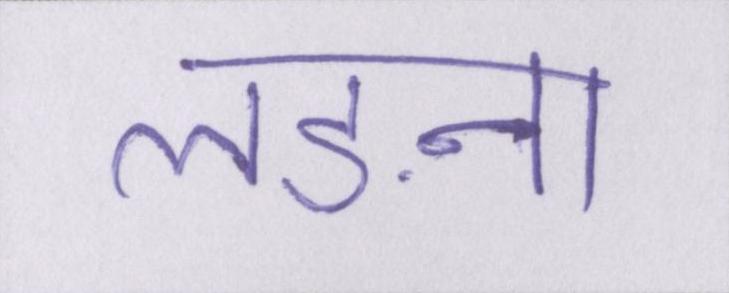
लङना